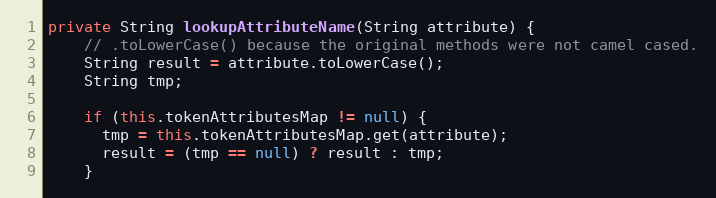
Language: Java
private String lookupAttributeName(String attribute) {
    // .toLowerCase() because the original methods were not camel cased.
    String result = attribute.toLowerCase();
    String tmp;

    if (this.tokenAttributesMap != null) {
      tmp = this.tokenAttributesMap.get(attribute);
      result = (tmp == null) ? result : tmp;
    }